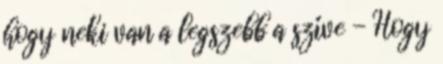
hogy neki van a legszebb a szíve - Hogy